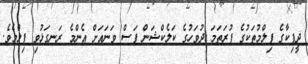
ދީޕިކާގެ ފިލްމުތަކުގެ ފުރަތަމަ ދުވަހުގެ ކަލެކްޝަން ފަސް ވަނައަށް އެންމެ ރަނގަޅުވި ފިލްމެވެ.